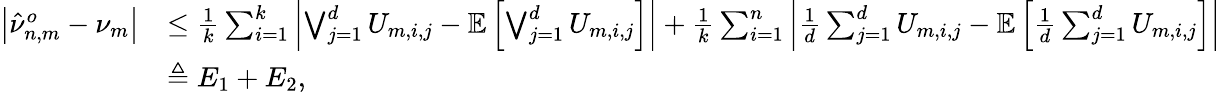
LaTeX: \begin{array}{rl}{\left|\hat{\nu}_{n,m}^{o}-\nu_{m}\right|}&{\leq\frac{1}{k}\sum_{i=1}^{k}\left|\bigvee_{j=1}^{d}U_{m,i,j}-\mathbb{E}\left[\bigvee_{j=1}^{d}U_{m,i,j}\right]\right|+\frac{1}{k}\sum_{i=1}^{n}\left|\frac{1}{d}\sum_{j=1}^{d}U_{m,i,j}-\mathbb{E}\left[\frac{1}{d}\sum_{j=1}^{d}U_{m,i,j}\right]\right|}\\ &{\triangleq E_{1}+E_{2},}\end{array}